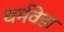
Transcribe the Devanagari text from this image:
धर्मवेडा